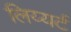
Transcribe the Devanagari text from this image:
लिय्यर्ट